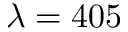
\lambda = 4 0 5